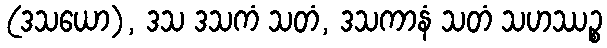
(ဒသယော), ဒသ ဒသကံ သတံ, ဒသကာနံ သတံ သဟဿဉ္စ